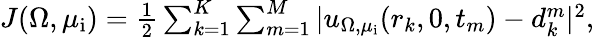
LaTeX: \begin{array}{r}{J(\Omega,\mu_{\mathrm{i}})={\frac{1}{2}}\sum_{k=1}^{K}\sum_{m=1}^{M}|u_{\Omega,\mu_{\mathrm{i}}}(r_{k},0,t_{m})-d_{k}^{m}|^{2},}\end{array}